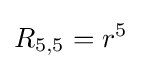
R_{5,5}=r^{5}